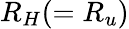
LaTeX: R_{H}(=R_{u})